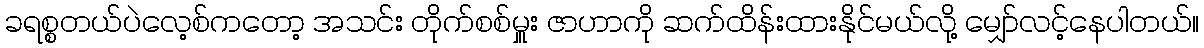
ခရစ္စတယ်ပဲလေ့စ်ကတော့ အသင်း တိုက်စစ်မှူး ဇာဟာကို ဆက်ထိန်းထားနိုင်မယ်လို့ မျှော်လင့်နေပါတယ်။